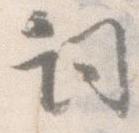
詞